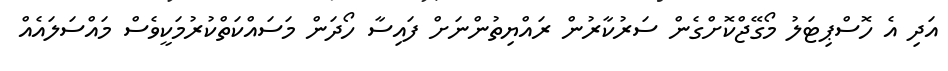
އަދި އެ ހޮސްޕިޓަލު މޯގޭޖްކޮށްގެން ސަރުކާރުން ރައްޔިތުންނަށް ފައިސާ ހޯދަން މަސައްކަތްކުރުމަކީވެސް މައްސަަލައެއް